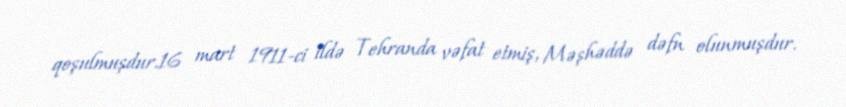
qoşulmuşdur.16 mart 1911-ci ildə Tehranda vəfat etmiş, Məşhəddə dəfn olunmuşdur.